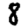
Digit: 8